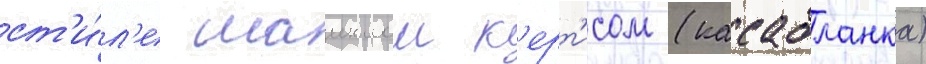
ст'и́л'е маиклом к'ерт'исом (касабланка)